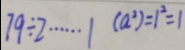
7 9 \div 2 \cdots 1 ( a ^ { 2 } ) = 1 ^ { 2 } = 1